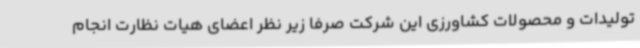
تولیدات و محصولات کشاورزی این شرکت صرفا زیر نظر اعضای هیات نظارت انجام